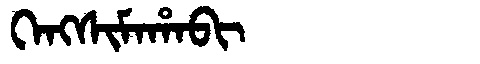
Manchu: ᡴᡝᠩᠰᡳᠮᠠᡥᠠᠪᡳ
Romanization: KENGSIMAHABI